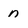
Character: n